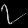
Digit: ၇